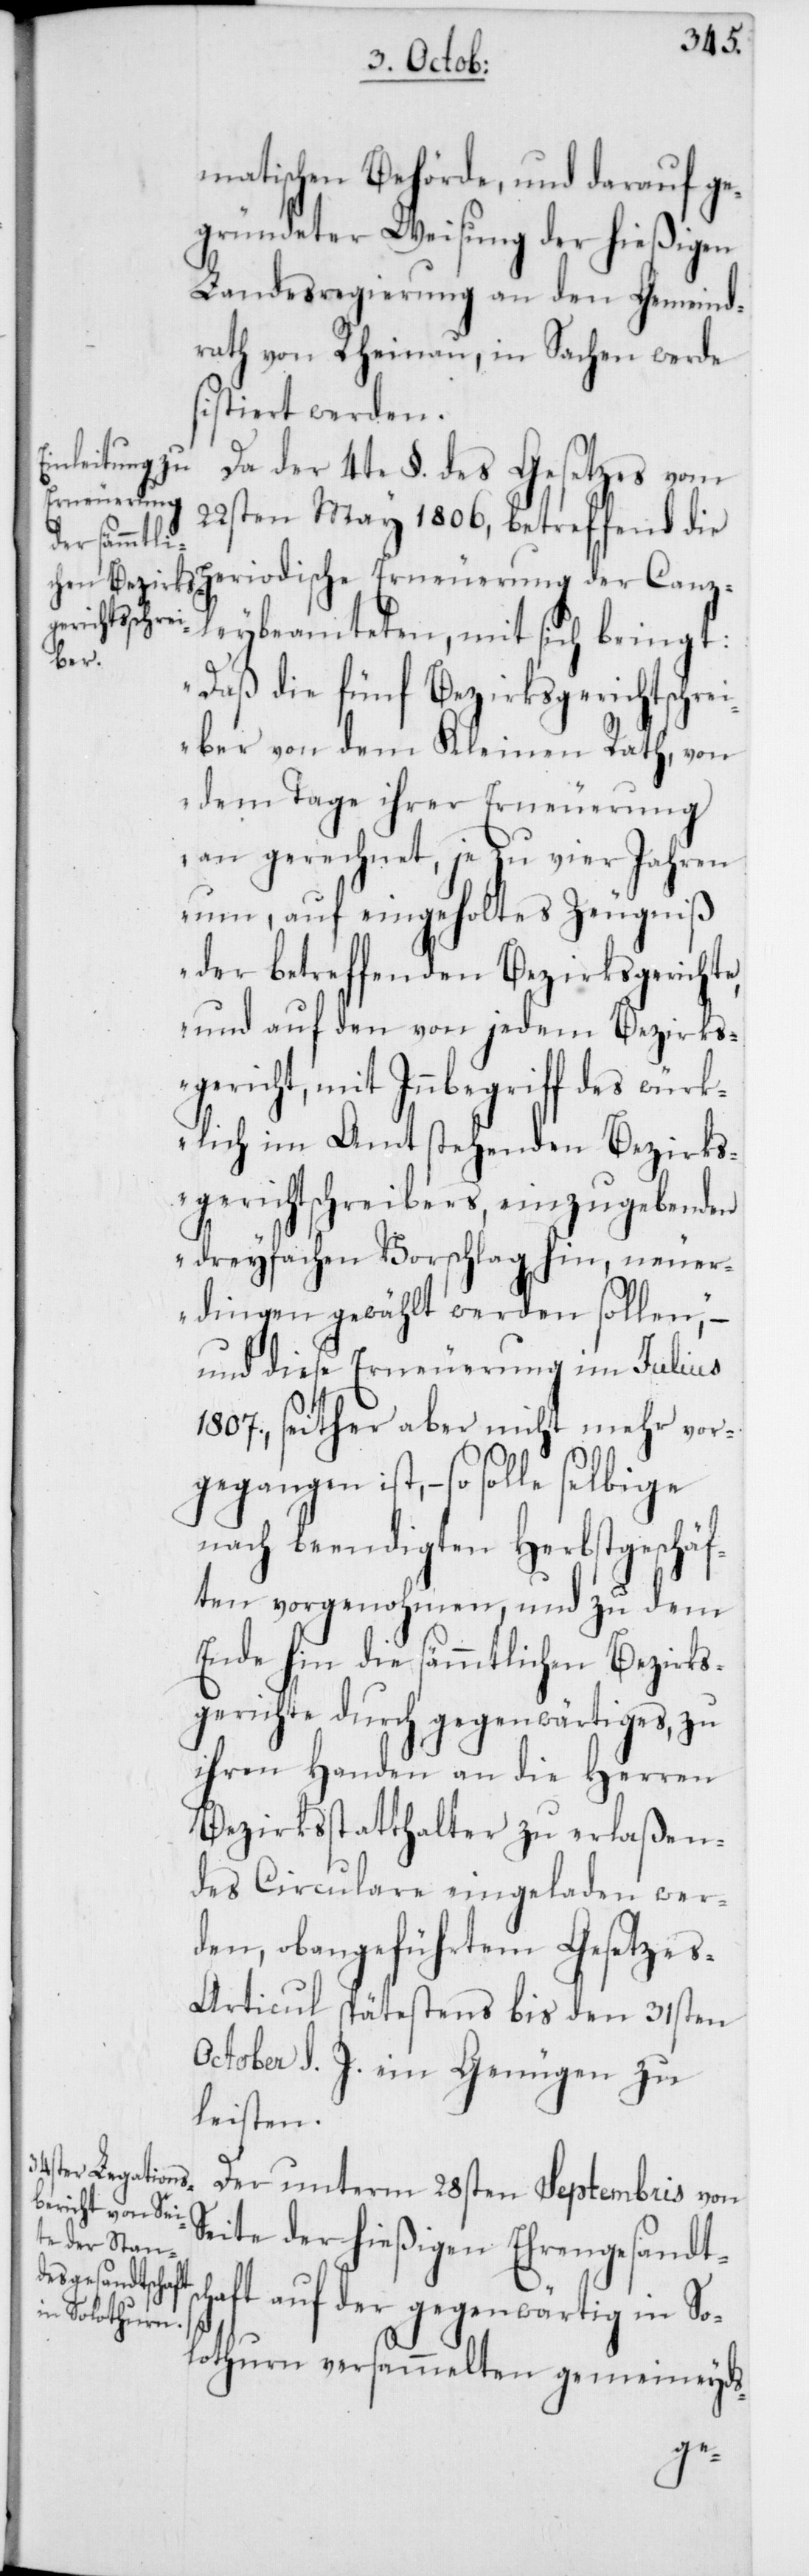
matischen Behörde, und darauf ge¬
gründeter Weisung der hießigen
Landesregierung an den Gemeind¬
rath von Rheinau, in Sachen werde
sistiert werden.
Da der 4te §. des Gesetzes vom
22sten May 1806, betreffend die
periodische Erneuerung der Canz¬
leybeamteten mit sich bringt:
„Daß die fünf Bezirksgerichtsschr¬
eiber von dem Kleinen Rath, von
dem Tage ihrer Erneuerung
an gerechnet, je zu vier Jahren
um, auf eingeholtes Zeugniß
der betreffenden Bezirksgerichte,
und auf den von jedem Bezirksg¬
ericht, mit Innbegriff des wür¬
klich im Amt stehenden Bezirks¬
gerichtschreibers, einzugebenden
dreyfachen Vorschlag hin, neuer¬
dingen gewählt werden sollen,“ –
und diese Erneuerung im Julius
1807., seither aber nicht mehr vor¬
gegangen ist, – so solle
nach beendigten Herbstgeschäf¬
ten vorgenohmen, und zu dem
Ende hin die sämmtlichen Bezirks¬
gerichte durch gegenwärtiges, zu
ihren Handen an die Herren
Bezirksstatthalter zu erlaßen¬
des Circulare eingeladen wer¬
den, obangeführten Gesetze¬
s-Articul spätestens bis den 31sten
October d. J. ein Genügen zu
leisten.
Der unterm 28sten Septembris von
Seite der hießigen Ehrengesandtsc¬
haft auf der gegenwärtig in So¬
lothurn versammelten gemeineyds-